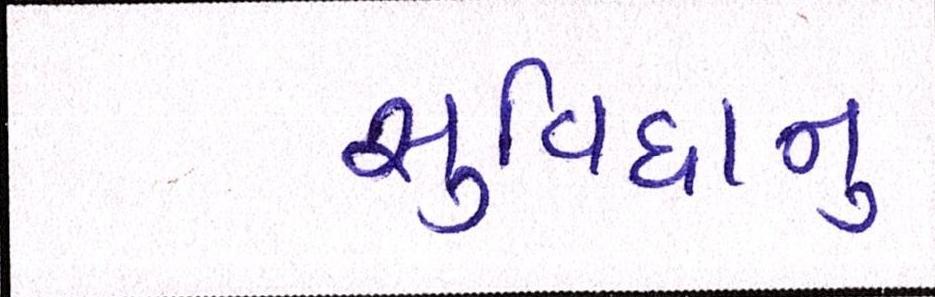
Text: સુવિધાનુ